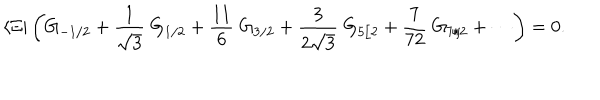
\langle \Xi | \left( G _ { - 1 / 2 } + \frac { 1 } { \sqrt { 3 } } \ G _ { 1 / 2 } + \frac { 1 1 } { 6 } \ G _ { 3 / 2 } + \frac { 3 } { 2 \sqrt { 3 } } \ G _ { 5 / 2 } + \frac { 7 } { 7 2 } \ G _ { 7 / 2 } + \cdots \right) = 0 .